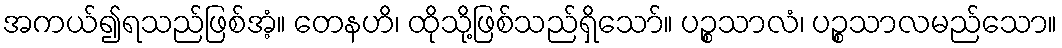
အကယ်၍ရသည်ဖြစ်အံ့။ တေနဟိ၊ ထိုသို့ဖြစ်သည်ရှိသော်။ ပဉ္စသာလံ၊ ပဉ္စသာလမည်သော။